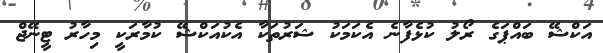
އަކްޝޭ ބައްޕަގެ ރޯލު ކުޅެފާނެ އެކަމަކު ޝަރުތަކާ އެކުއަކްޝޭ ކުމާރަކީ މިހާރު ޓީނޭޖް